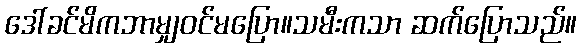
ဒေါ်ခင်မိကဘာမျှဝင်မပြော။သမီးကသာ ဆက်ပြောသည်။